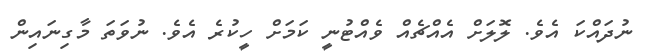
ނުދައްކަ އެވެ. ލޮލަށް އެއްޗެއް ވެއްޓުނީ ކަމަށް ހީކުރެ އެވެ. ނުވަތަ މާގިނައިން